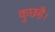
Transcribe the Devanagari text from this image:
कुछहै।